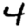
Digit: 4